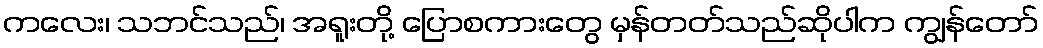
ကလေး၊ သဘင်သည်၊ အရူးတို့ ပြောစကားတွေ မှန်တတ်သည်ဆိုပါက ကျွန်တော်